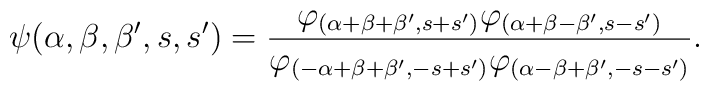
\psi(\alpha,\beta,\beta',s,s')=\frac{ \varphi_{(\alpha+\beta+\beta',s+s') }   \varphi_{(\alpha+\beta-\beta',s-s')}}    {\varphi_{(-\alpha+\beta+\beta',-s+s')}    \varphi_{(\alpha-\beta+\beta',-s-s')}}.